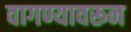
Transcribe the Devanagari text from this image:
वागण्यावरून